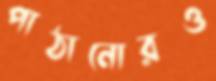
পাঠানোরও